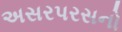
અસરપરસનો